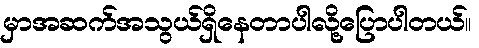
မှာအဆက်အသွယ်ရှိနေတာပါလို့ပြောပါတယ်။